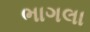
ભાગલા